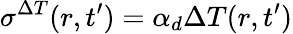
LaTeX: \sigma^{\Delta T}(r,t^{\prime})=\alpha_{d}\Delta T(r,t^{\prime})